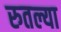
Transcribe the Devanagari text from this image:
रुतल्या